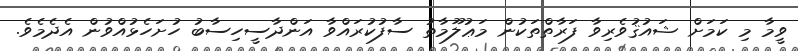
ވީމާ މި ކަމަށް ޝައުޤުވެރިވާ ފަރާތްތަކުން މަޢުލޫމާތު ސާފުކުރައްވާ އަންދާސީހިސާބު ހުށަހެޅުއްވުން އެދެމެވެ.